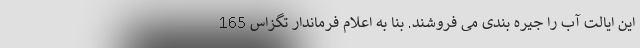
این ایالت آب را جیره بندی می فروشند. بنا به اعلام فرماندار تگزاس 165